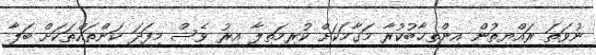
ނުވަތަ ރައްޔިތުން އިންތިޚާބުކުރާ މަގާމަކަށް ކުރިމަތިލާ އިރު ވެސް މިފަދަ ކަންތައްތަކަށް ބަލާ